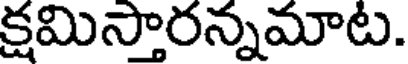
క్షమిస్తారన్నమాట.